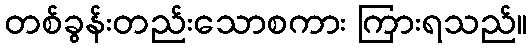
တစ်ခွန်းတည်းသောစကား ကြားရသည်။